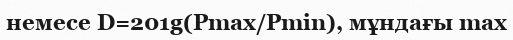
немесе D=201g(Pmax/Pmin), мұндағы max